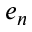
e _ { n }